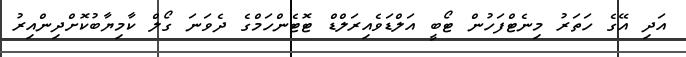
އަދި އޭގެ ހަތަރު މިނެޓްފަހުން ޓޯބީ އަލްޑަވެއިރަލްޑް ޓޮޓެންހަމްގެ ދެވަނަ ގޯލް ކާމިޔާބުކޮށްދިންއިރު